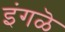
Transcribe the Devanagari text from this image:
इंगळॆ